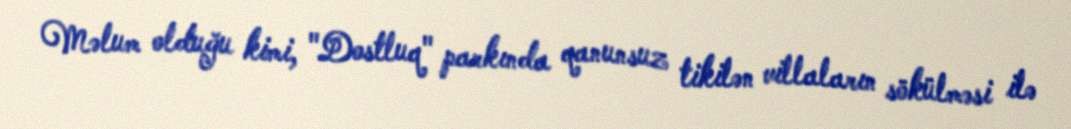
Məlum olduğu kimi, "Dostluq" parkında qanunsuz tikilən villaların sökülməsi ilə